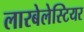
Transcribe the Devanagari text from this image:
लारबेलेस्टियर